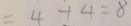
= 4 + + 4 = 8